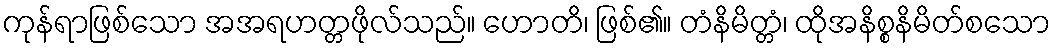
ကုန်ရာဖြစ်သော အအရဟတ္တဖိုလ်သည်။ ဟောတိ၊ ဖြစ်၏။ တံနိမိတ္တံ၊ ထိုအနိစ္စနိမိတ်စသော